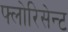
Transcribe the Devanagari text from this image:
फ्लोरिसेन्ट